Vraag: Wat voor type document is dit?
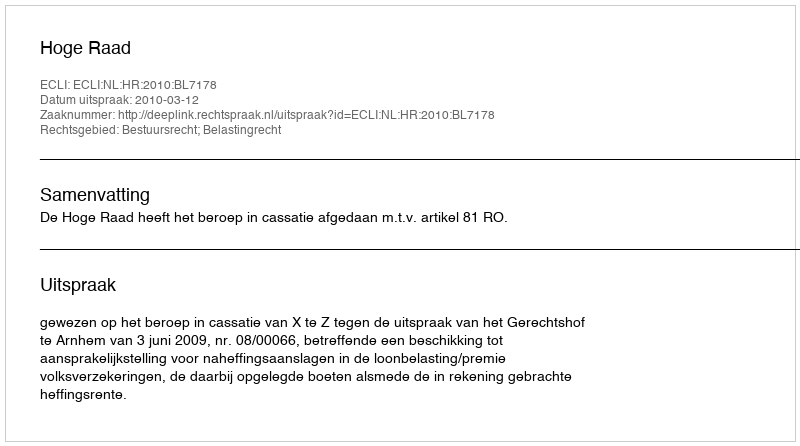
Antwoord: Uitspraak